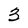
Character: 3